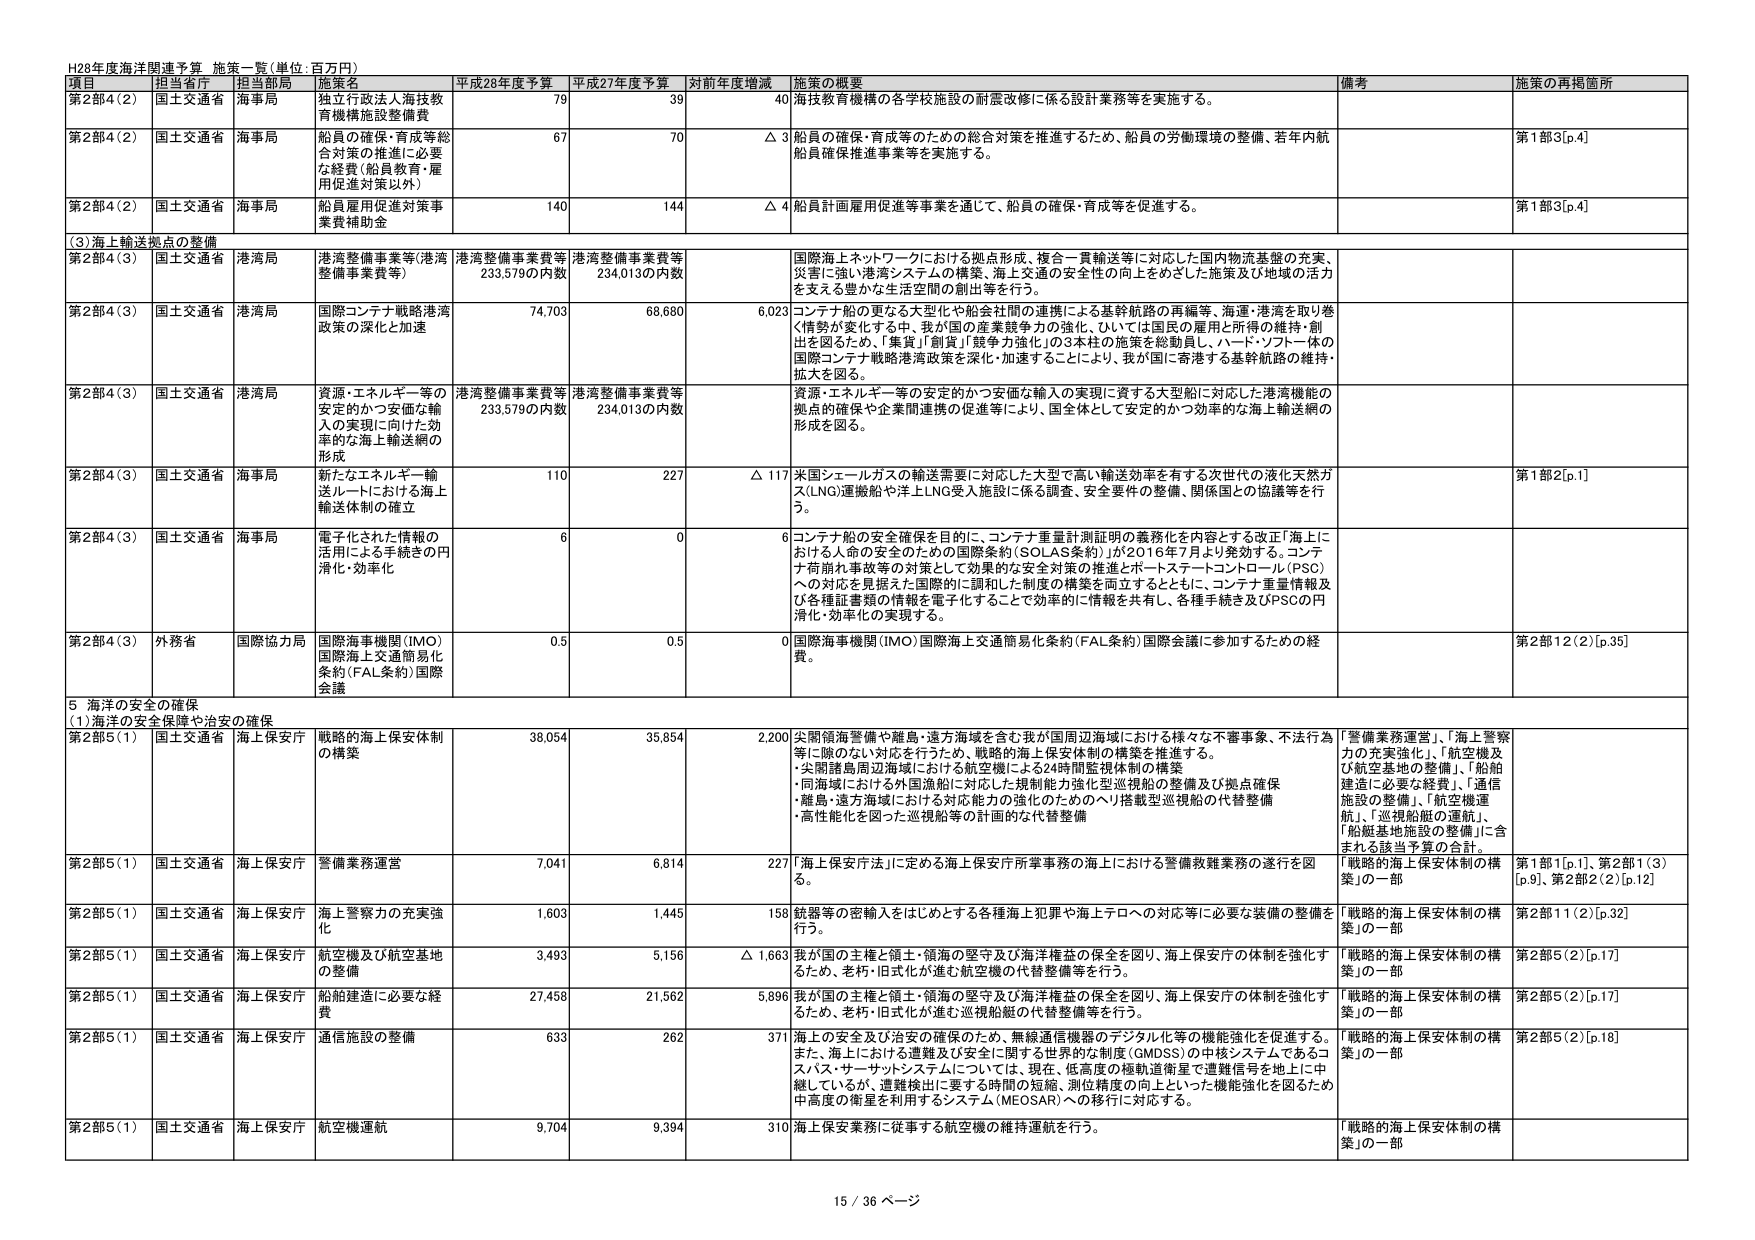
H28年度海洋関連予算 施策一覧（単位：百万円）

項目 担当省庁 担当部局 施策名 平成28年度予算 平成27年度予算 対前年度増減 施策の概要 備考 施策の再掲箇所

第2部4（2） 国土交通省 海事局 独立行政法人海技教育機構施設整備費 79 39 40 海技教育機構の各学校施設の耐震改修に係る設計業務等を実施する。

第2部4（2） 国土交通省 海事局 船員の確保・育成等総合対策の推進に必要な経費（船員教育・雇用促進対策以外） 67 70 △ 3 船員の確保・育成等のための総合対策を推進するため、船員の労働環境の整備、若年内航船員確保推進事業等を実施する。 第1部3[p.4]

第2部4（2） 国土交通省 海事局 船員雇用促進対策事業費補助金 140 144 △ 4 船員計画雇用促進等事業を通じて、船員の確保・育成等を促進する。 第1部3[p.4]

（3）海上輸送拠点の整備

第2部4（3） 国土交通省 港湾局 港湾整備事業等（港湾整備事業費等） 港湾整備事業費等233,579の内数 港湾整備事業費等234,013の内数 国際海上ネットワークにおける拠点形成、複合一貫輸送等に対応した国内物流基盤の充実、災害に強い港湾システムの構築、海上交通の安全性の向上をめざした施策及び地域の活力を支える豊かな生活空間の創出等を行う。

第2部4（3） 国土交通省 港湾局 国際コンテナ戦略港湾政策の深化と加速 74,703 68,680 6,023 コンテナ船の更なる大型化や船会社間の連携による基幹航路の再編等、海運・港湾を取り巻く情勢が変化する中、我が国の産業競争力の強化、ひいては国民の雇用と所得の維持・創出を図るため、「集貨」「創貨」「競争力強化」の3本柱の施策を総動員し、ハード・ソフト一体の国際コンテナ戦略港湾政策を深化・加速することにより、我が国に寄港する基幹航路の維持・拡大を図る。

第2部4（3） 国土交通省 港湾局 資源・エネルギー等の安定的かつ安価な輸入の実現に向けた効率的な海上輸送網の形成 港湾整備事業費等233,579の内数 港湾整備事業費等234,013の内数 資源・エネルギー等の安定的かつ安価な輸入の実現に資する大型船に対応した港湾機能の拠点の確保や企業間連携の促進等により、国全体として安定的かつ効率的な海上輸送網の形成を図る。

第2部4（3） 国土交通省 海事局 新たなエネルギー輸送ルートにおける海上輸送体制の確立 110 227 △ 117 米国シェールガスの輸送需要に対応した大型で高い輸送効率を有する次世代の液化天然ガス（LNG）運搬船や洋上LNG受入施設に係る調査、安全要件の整備、関係国との協議等を行う。 第1部2[p.1]

第2部4（3） 国土交通省 海事局 電子化された情報の活用による手続きの円滑化・効率化 6 0 6 コンテナ船の安全確保を目的に、コンテナ重量計測証明の義務化を内容とする改正「海上における人命の安全のための国際条約（SOLAS条約）」が2016年7月より発効する。コンテナ荷崩れ事故等の対策として効果的な安全対策の推進とポートステートコントロール（PSC）への対応を見据えた国際的に調和した制度の構築を両立するとともに、コンテナ重量情報及び各種証書類の情報を電子化することで効率的に情報共有し、各種手続き及びPSCの円滑化・効率化の実現する。

第2部4（3） 外務省 国際協力局 国際海事機関（IMO）国際海上交通簡易化条約（FAL条約）国際会議 0.5 0.5 0 国際海事機関（IMO）国際海上交通簡易化条約（FAL条約）国際会議に参加するための経費。 第2部12（2）[p.35]

5 海洋の安全の確保
（1）海洋の安全保障や治安の確保

第2部5（1） 国土交通省 海上保安庁 戦略的海上保安体制の構築 38,054 35,854 2,200 尖閣領海警備や離島・遠方海域を含む我が国周辺海域における様々な不審事象、不法行為等に臨のない対応を行うため、戦略的海上保安体制の構築を推進する。
・尖閣諸島周辺海域における航空機による24時間監視体制の構築
・同海域における外国漁船に対応した規制能力強化型巡視船の整備及び拠点確保
・離島・遠方海域における対応能力の強化のためのヘリ搭載型巡視船の代替整備
・高性能化を図った巡視船等の計画的な代替整備 「警備業務運営」、「海上警察力の充実強化」、「航空機及び航空基地の整備」、「船舶建造に必要な経費」、「通信施設の整備」、「航空機運航」、「巡視船艇の運航」、「船舶基地施設の整備」に含まれる該当予算の合計。

第2部5（1） 国土交通省 海上保安庁 警備業務運営 7,041 6,814 227 「海上保安庁法」に定める海上保安庁所掌事務の海上における警備救難業務の遂行を図る。 「戦略的海上保安体制の構築」の一部 第1部1[p.1]、第2部1（3）[p.9]、第2部2（2）[p.12]

第2部5（1） 国土交通省 海上保安庁 海上警察力の充実強化 1,603 1,445 158 航器等の密輸入をはじめとする各種海上犯罪や海上テロへの対応等に必要な装備の整備を行う。 「戦略的海上保安体制の構築」の一部 第2部11（2）[p.32]

第2部5（1） 国土交通省 海上保安庁 航空機及び航空基地の整備 3,493 5,156 △ 1,663 我が国の主権と領土・領海の堅守及び海洋権益の保全を図り、海上保安庁の体制を強化するため、老朽・旧式化が進む航空機の代替整備等を行う。 「戦略的海上保安体制の構築」の一部 第2部5（2）[p.17]

第2部5（1） 国土交通省 海上保安庁 船舶建造に必要な経費 27,458 21,562 5,896 我が国の主権と領土・領海の堅守及び海洋権益の保全を図り、海上保安庁の体制を強化するため、老朽・旧式化が進む巡視船艇の代替整備等を行う。 「戦略的海上保安体制の構築」の一部 第2部5（2）[p.17]

第2部5（1） 国土交通省 海上保安庁 通信施設の整備 633 262 371 海上の安全及び治安の確保のため、無線通信機器のデジタル化等の機能強化を促進する。また、海上における遭難及び安全に関する世界的な制度（GMDSS）の中核システムであるコスパス・サーサットシステムについては、現在、低高度の極軌道衛星で遭難信号を地上に中継しているが、遭難検出に要する時間の短縮、測位精度の向上といった機能強化を図るため中高度の衛星を利用するシステム（MEOSAR）への移行に対応する。 「戦略的海上保安体制の構築」の一部 第2部5（2）[p.18]

第2部5（1） 国土交通省 海上保安庁 航空機運航 9,704 9,394 310 海上保安業務に従事する航空機の維持運航を行う。 「戦略的海上保安体制の構築」の一部

15 / 36 ページ